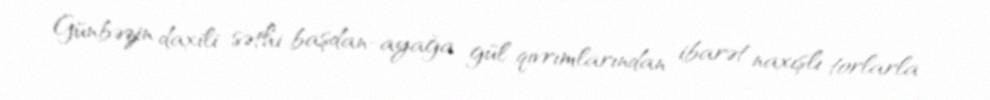
Günbəzin daxili səthi başdan-ayağa gül qıvrımlarından ibarət naxışlı torlarla